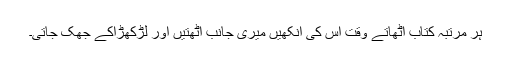
ہر مرتبہ کتاب اٹھاتے وقت اس کی آنکھیں میری جانب اٹھتیں اور لڑکھڑاکے جھک جاتی۔